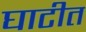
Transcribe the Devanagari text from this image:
घाटीत